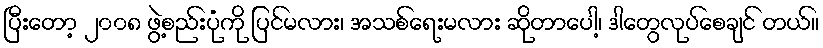
ပြီးတော့ ၂၀၀၈ ဖွဲ့စည်းပုံကို ပြင်မလား၊ အသစ်ရေးမလား ဆိုတာပေါ့၊ ဒါတွေလုပ်စေချင် တယ်။